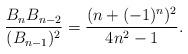
LaTeX: \begin{align*}\frac{B_{n}B_{n-2}}{(B_{n-1})^2} = \frac{(n+(-1)^n)^2}{4n^2-1}.\end{align*}